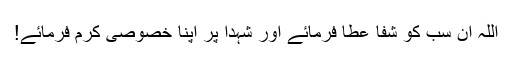
اللہ ان سب کو شفا عطا فرمائے اور شہدا پر اپنا خصوصی کرم فرمائے!